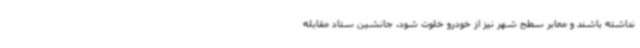
نداشته باشند و معابر سطح شهر نیز از خودرو خلوت شود. جانشین ستاد مقابله